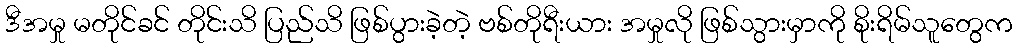
ဒီအမှု မတိုင်ခင် တိုင်းသိ ပြည်သိ ဖြစ်ပွားခဲ့တဲ့ ဗစ်တိုရီးယား အမှုလို ဖြစ်သွားမှာကို စိုးရိမ်သူတွေက